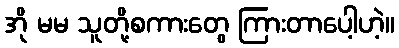
အို မမ သူတို့စကားတွေ ကြားတာပေါ့ဟဲ့။